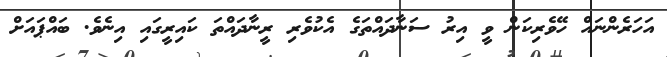
އަހަރެންނައް ހޭވެރިކަން ވީ އިރު ސަނާދައްތަގެ އެކުވެރި ރީނާދައްތަ ކައިރީގައި އިނެވެ. ބައްޕައަށް